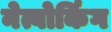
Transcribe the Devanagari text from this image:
नेत्वोर्किंग